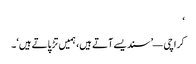
‘
کراچی — ’سندیسے آتے ہیں، ہمیں تڑپاتے ہیں‘۔